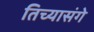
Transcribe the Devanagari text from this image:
तिच्यासंगे